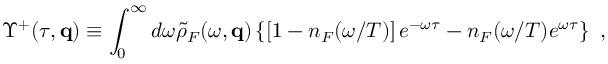
\Upsilon ^ { + } ( \tau , { \bf q } ) \equiv \int _ { 0 } ^ { \infty } d \omega { \tilde { \rho } } _ { F } ( \omega , { \bf q } ) \left\{ \left[ 1 - n _ { F } ( \omega / T ) \right] e ^ { - \omega \tau } - n _ { F } ( \omega / T ) e ^ { \omega \tau } \right\} \ ,